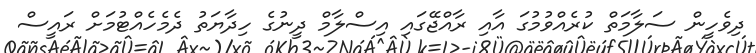
ދިވެހީން ސަލާމަތް ކުރެއްވުމުގަ އާއި ރާއްޖޭގައި އިސްލާމް ދީނުގެ ހިދާޔަތު ދެމެހެއްޓުމަށް ރައީސް